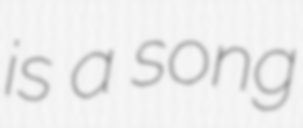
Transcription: is a song